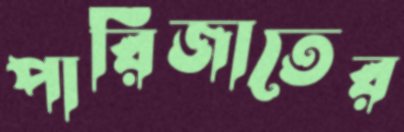
পারিজাতের